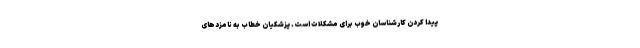
پیدا کردن کارشناسان خوب برای مشکلات است. پزشکیان خطاب به نامزدهای